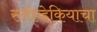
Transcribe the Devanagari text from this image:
स्लोव्हेकियाचा